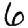
Digit: 6